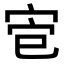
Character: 𫳄